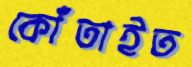
কোঁতাইত